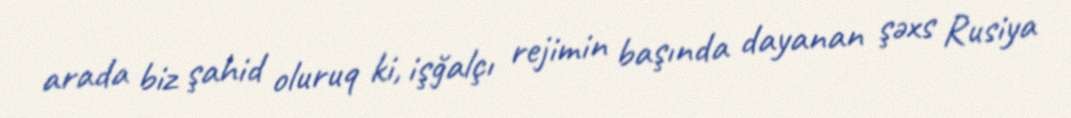
arada biz şahid oluruq ki, işğalçı rejimin başında dayanan şəxs Rusiya